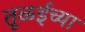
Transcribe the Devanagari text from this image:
तूळईच्या